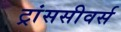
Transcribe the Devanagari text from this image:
ट्रांससीवर्स